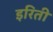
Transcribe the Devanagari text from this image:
इरिती